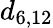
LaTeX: d_{6,12}